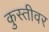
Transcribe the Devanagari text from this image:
कुस्तीवर